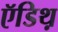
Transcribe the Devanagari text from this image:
ऍडिथ़